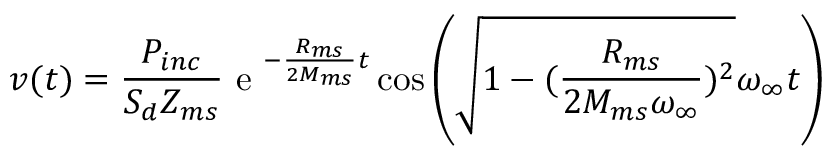
v ( t ) = \frac { P _ { i n c } } { S _ { d } Z _ { m s } } \textrm { e } ^ { - \frac { R _ { m s } } { 2 M _ { m s } } t } \cos \left( \sqrt { 1 - ( \frac { R _ { m s } } { 2 M _ { m s } \omega _ { \infty } } ) ^ { 2 } } \omega _ { \infty } t \right)